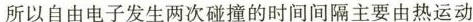
所以自由电子发生两次碰撞的时间间隔主要由热运动